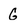
Character: G